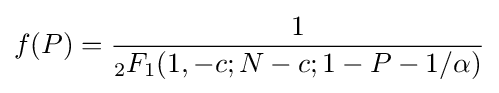
f(P)={\frac {1}{{}_{2}F_{1}(1,-c;N-c;1-P-1/\alpha )}}